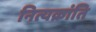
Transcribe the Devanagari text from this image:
नित्यक्रांति